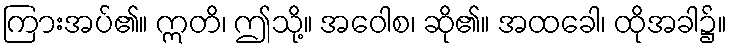
ကြားအပ်၏။ ဣတိ၊ ဤသို့။ အဝေါစ၊ ဆို၏။ အထခေါ၊ ထိုအခါ၌။